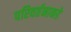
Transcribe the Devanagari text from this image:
परिवर्तनाकडे